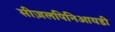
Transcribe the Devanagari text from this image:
सीज़लपिनिआयडी